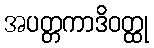
အပတ္တကာဒိဝတ္ထု